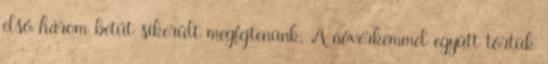
első három betűt sikerült megfejtenünk. A nővérkémmel együtt törtük